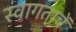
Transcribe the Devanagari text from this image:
स्वागताचें